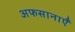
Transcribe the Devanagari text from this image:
अफसानाएँ